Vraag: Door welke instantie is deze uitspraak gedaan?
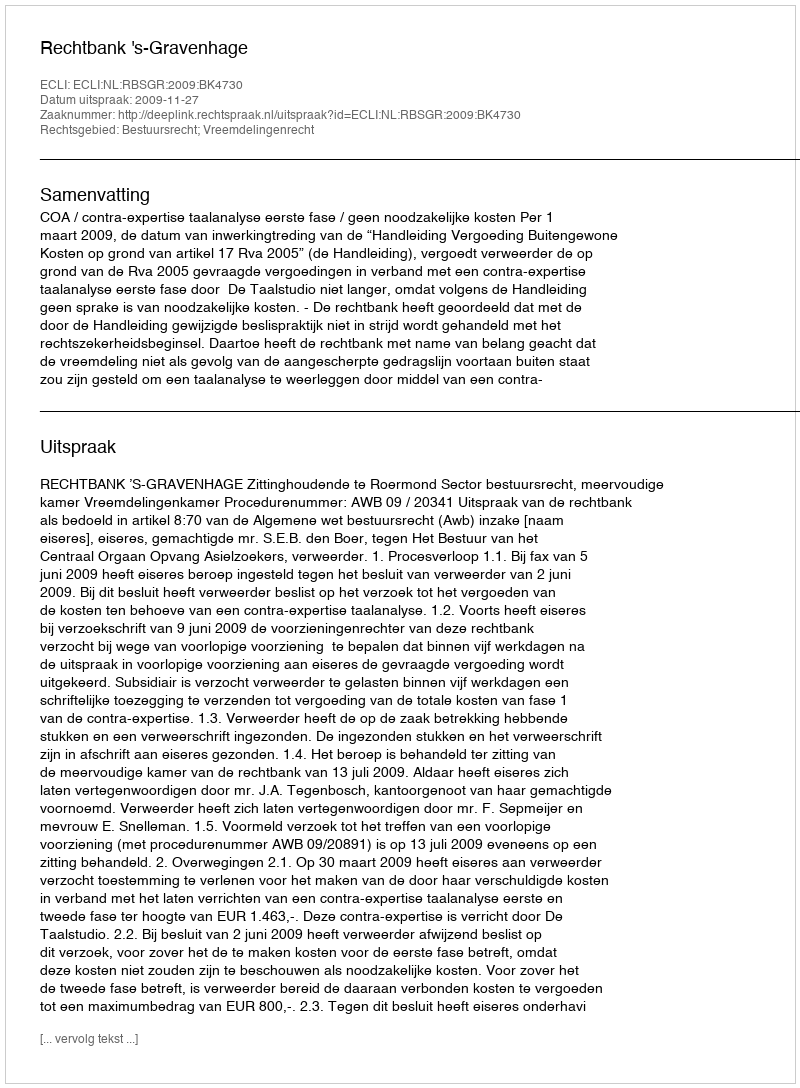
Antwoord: Rechtbank 's-Gravenhage